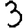
Digit: 3